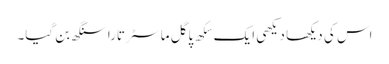
اس کی دیکھا دیکھی ایک سِکھ پاگل ماسٹر تارا سنگھ بن گیا۔